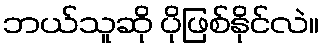
ဘယ်သူဆို ပိုဖြစ်နိုင်လဲ။